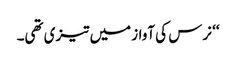
‘‘ نرس کی آواز میں تیزی تھی۔